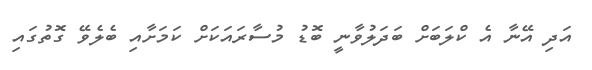
އަދި އޭނާ އެ ކްލަބަށް ބަދަލުވާނީ ބޮޑު މުސާރައަކަށް ކަމަށާއި ބެލެވޭ ގޮތުގައި